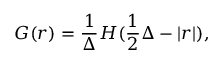
G ( r ) = \frac { 1 } { \Delta } H ( \frac { 1 } { 2 } \Delta - | r | ) ,